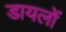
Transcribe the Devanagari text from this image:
डायलों